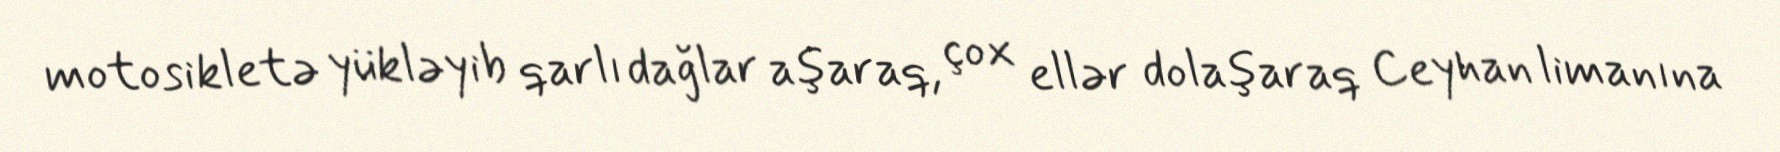
motosikletə yükləyib qarlı dağlar aşaraq, çox ellər dolaşaraq Ceyhan limanına